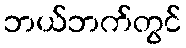
ဘယ်ဘက်တွင်